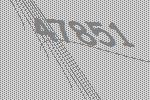
47851